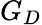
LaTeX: G_{D}